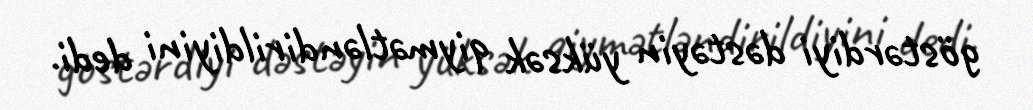
göstərdiyi dəstəyin yüksək qiymətləndirildiyini dedi.